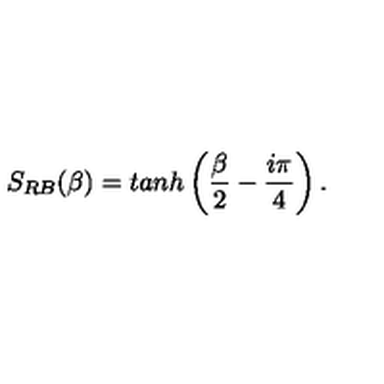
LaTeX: S _ { R B } ( \beta ) = t a n h \left( \frac { \beta } { 2 } - \frac { i \pi } { 4 } \right) .